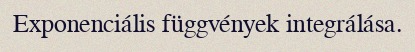
Exponenciális függvények integrálása.